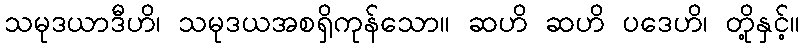
သမုဒယာဒီဟိ၊ သမုဒယအစရှိကုန်သော။ ဆဟိ ဆဟိ ပဒေဟိ၊ တို့နှင့်။